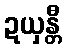
ဍယှန္တီ